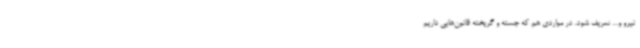
نیرو و... تعریف شود. در مواردی هم که جسته و گریخته قانون‌هایی داریم